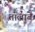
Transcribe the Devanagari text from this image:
तालाबें